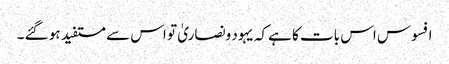
افسوس اس بات کا ہےکہ یہود ونصاریٰ تو اس سے مستفید ہو گئے ۔